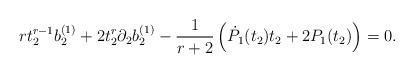
LaTeX: \begin{align*}r t_{2}^{r-1} b_{2}^{(1)} + 2 t_{2}^{r} \partial_{2} b_{2}^{(1)} -\frac{1}{r+2} \left( \dot{P}_{1}(t_{2}) t_{2} + 2 P_{1}(t_{2}) \right) =0.\end{align*}